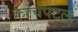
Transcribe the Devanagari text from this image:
काचपटल